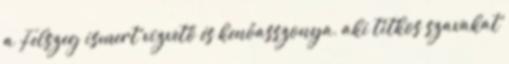
a Felszeg ismert vízvető és kenőasszonya, aki titkos szavakat